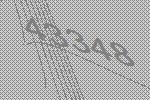
43348